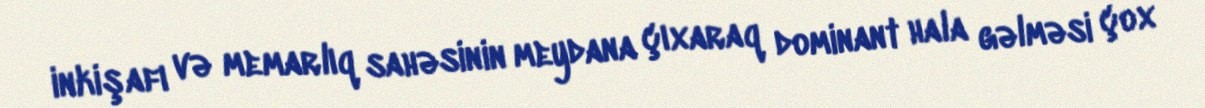
inkişafı və memarlıq sahəsinin meydana çıxaraq dominant hala gəlməsi çox